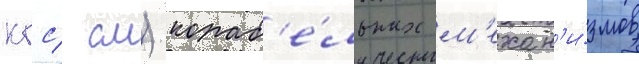
кгс/ см) кораб'е́льных м'ехан'и́змов